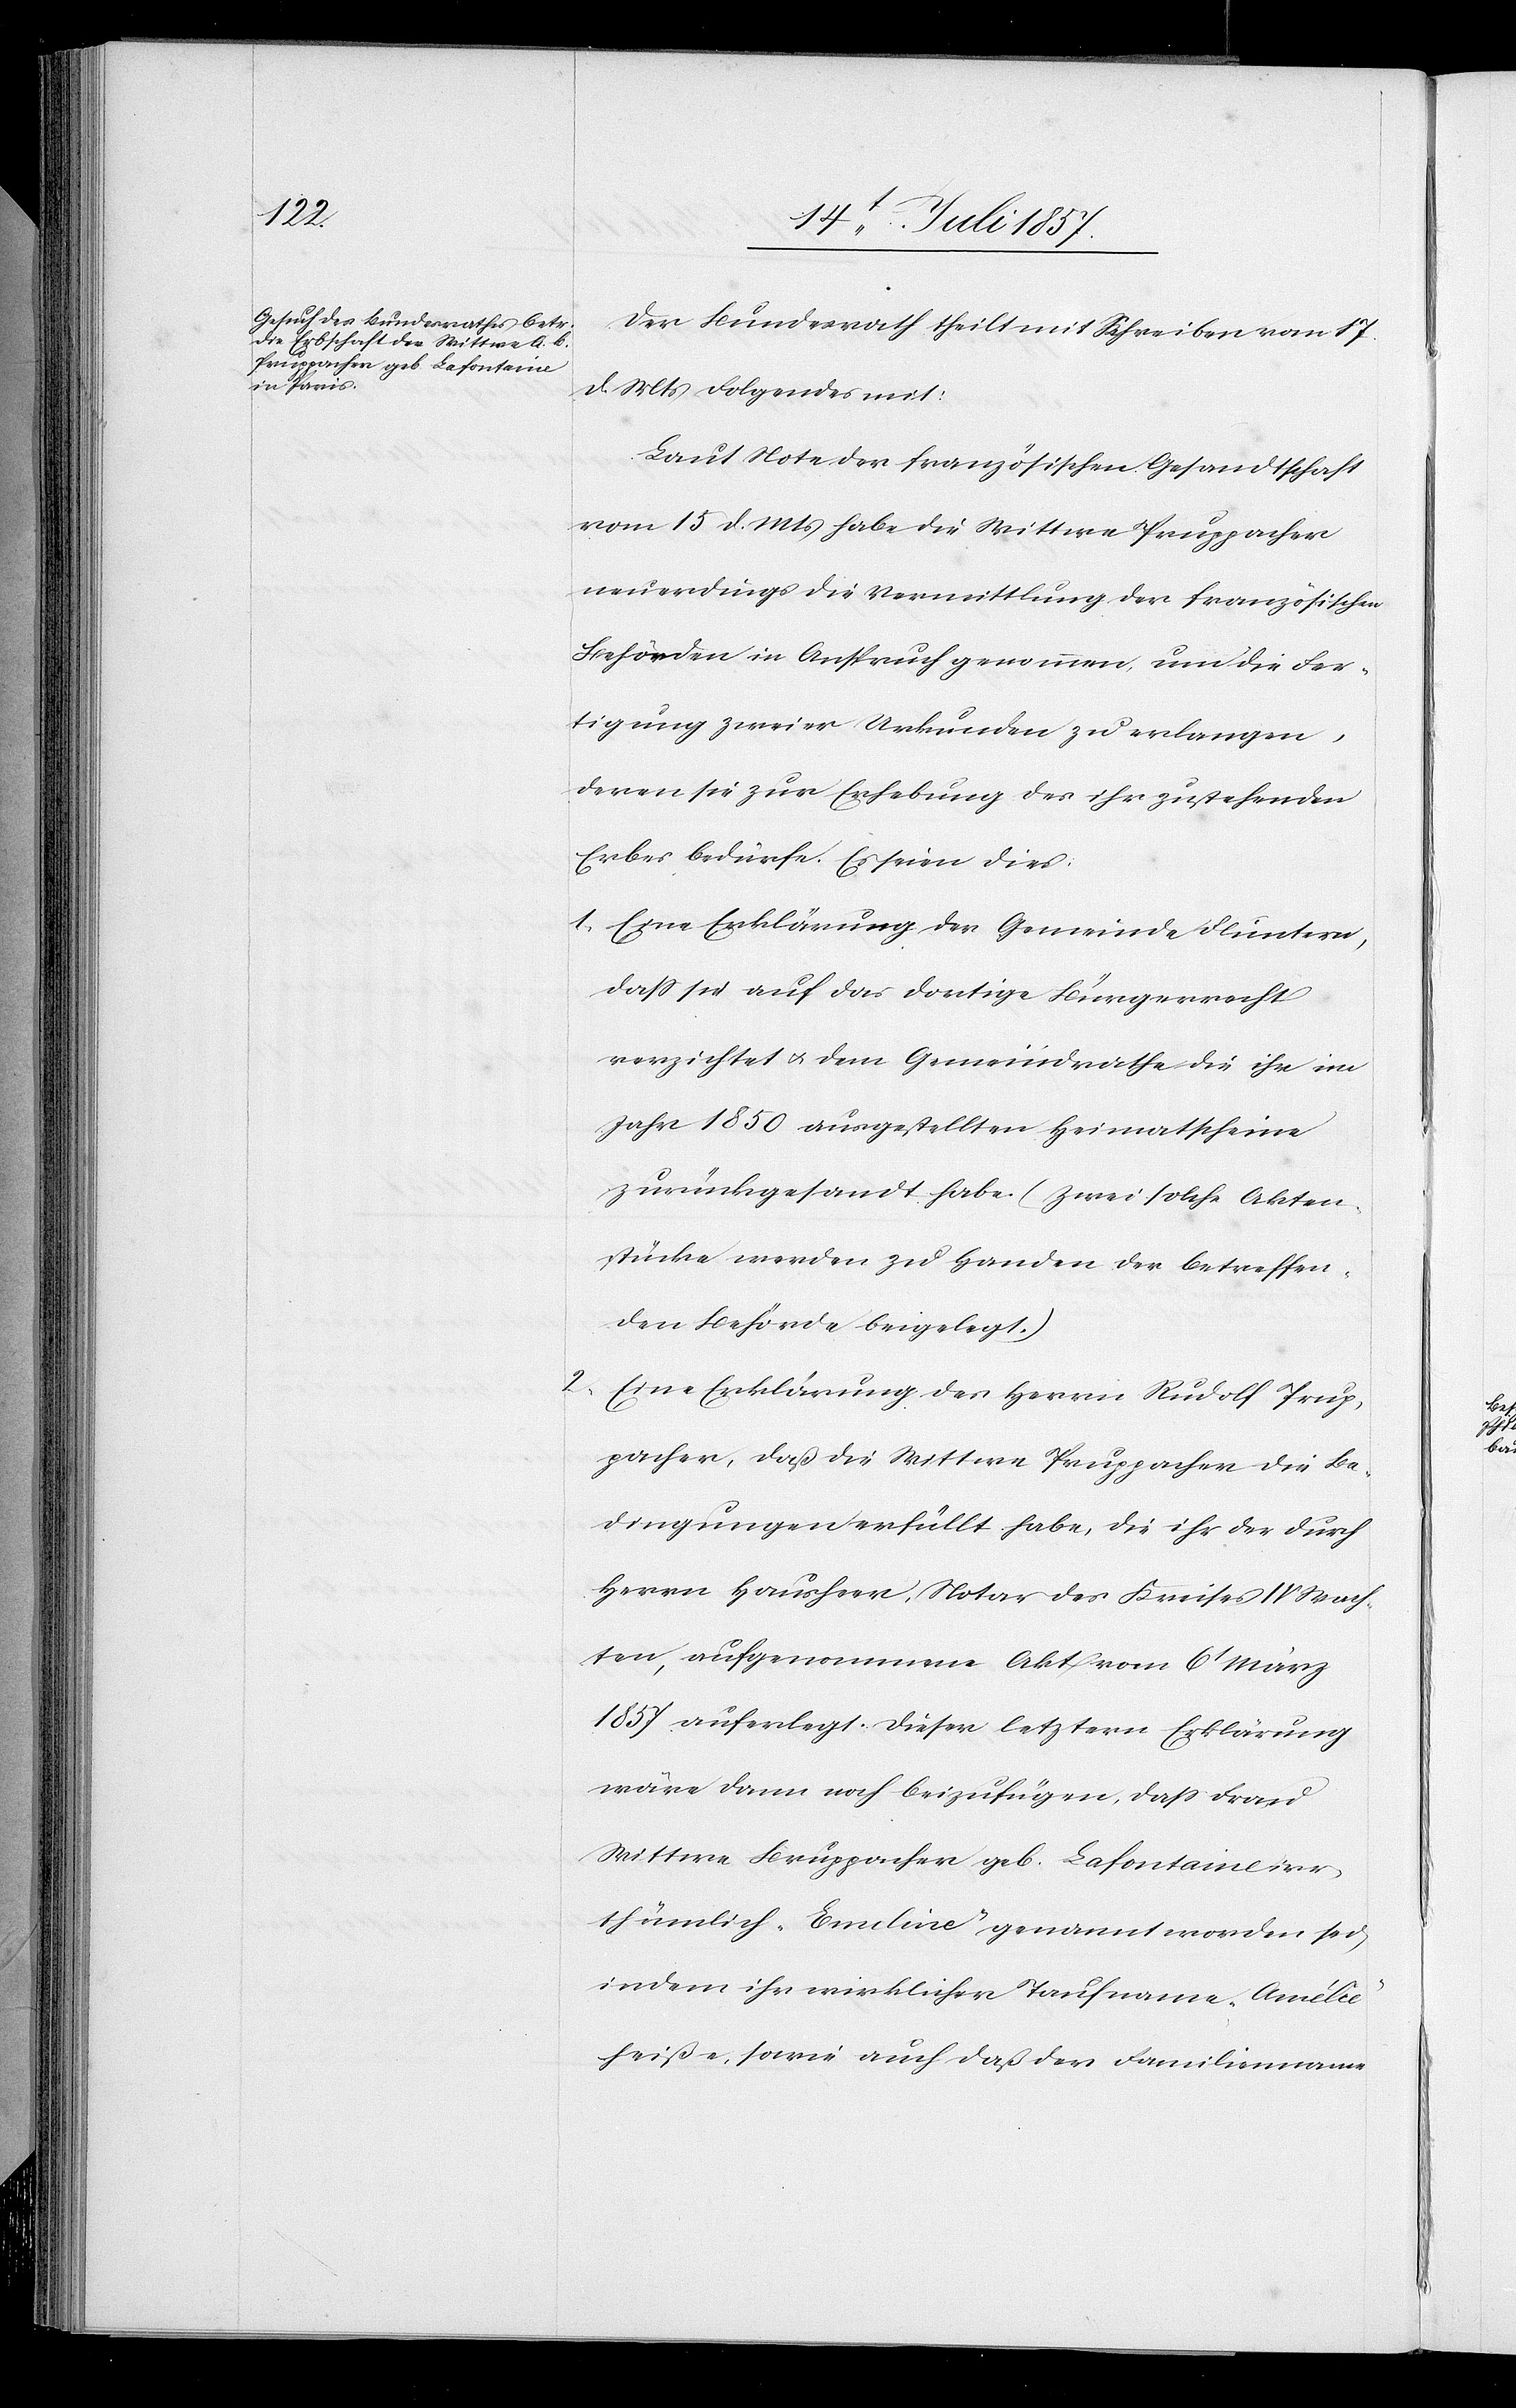
20t Juli 1857.]
Der Bundesrath theilt mit Schreiben vom 17
d. Mts. Folgendes mit:
Laut Note der französischen Gesandtschaft
vom 15 d. Mts. habe die Wittwe Pruppacher
neuerdings die Vermittlung der französischen
Behörden in Anspruch genommen, um die Fer¬
tigung zweier Urkunden zu verlangen,
deren sie zur Erhebung des ihr zustehenden
Erbes bedürfe. Es seien dies:
1. Eine Erklärung der Gemeinde Fluntern,
daß sie auf das dortige Bürgerrecht
verzichtet & dem Gemeindrathe die ihr im
Jahr 1850 ausgestellten Heimatscheine
zurückgesandt habe. (Zwei solche Akten¬
stücke werden zu Handen der betreffen¬
den Behörde beigelegt.)
2. Eine Erklärung des Herrn Rudolf Prup¬
pacher, daß die Wittwe Pruppacher die Be¬
dingungen erfüllt habe, die ihr der durch
Herrn Hausherr, Notar des Kreises IV Wach¬
ten, aufgenommene Akt vom 6t März
1857 auferlegt. Dieser letztern Erklärung
wäre dann noch beizufügen, daß Frau
Wittwe Bruppacher [sic!] geb. Lafontaine irr¬
thümlich „Emeline“ genannt worden sei
in dem ihr wirklicher Taufname „Amélie“
heiße, sowie auch daß der Familienname